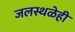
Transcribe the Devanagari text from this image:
जलस्थळेही